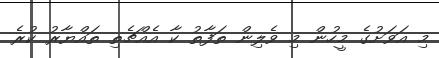
މި އަވަށުގެ މީހުން މި ވެލިން ތަފާތު ކާ އެއްޗެތި ތައްޔާރު ކުރެ